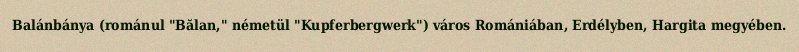
Balánbánya (románul "Bălan," németül "Kupferbergwerk") város Romániában, Erdélyben, Hargita megyében.